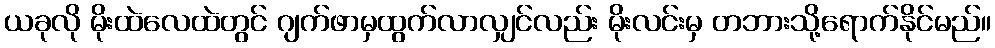
ယခုလို မိုးထဲလေထဲတွင် ဂျက်ဖာမှထွက်လာလျှင်လည်း မိုးလင်းမှ တဘားသို့ရောက်နိုင်မည်။